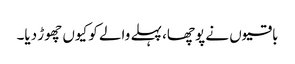
باقیوں نے پوچھا، پہلے والے کو کیوں چھوڑ دیا۔